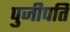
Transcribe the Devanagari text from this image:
पुजीपति